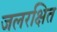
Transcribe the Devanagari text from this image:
जलरक्षित